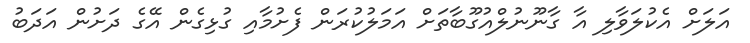
އަލަށް އެކުލަވާލި އާ ގާނޫނުލްއުގޫބާތަށް އަމަލުކުރަން ފެށުމާއި ގުޅިގެން އޭގެ ދަށުން އަދަބު